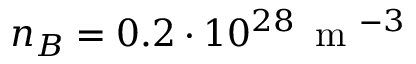
n _ { B } = 0 . 2 \cdot 1 0 ^ { 2 8 } \, \mathrm { ~ m ~ } ^ { - 3 }